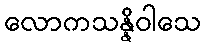
လောကသန္နိဝါသေ